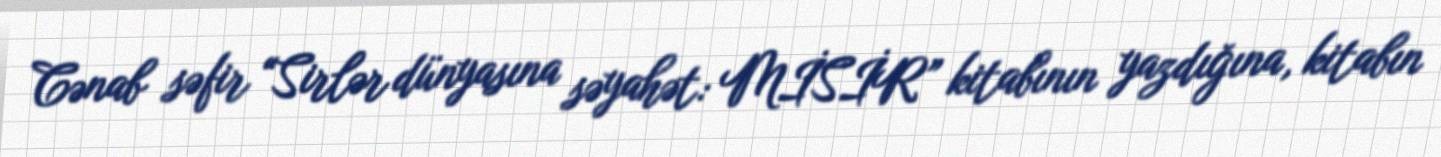
Cənab səfir “Sirlər dünyasına səyahət: MİSİR” kitabının yazdığına, kitabın